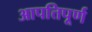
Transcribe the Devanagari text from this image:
आपत्तिपूर्ण